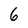
Character: 6